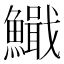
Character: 𫙺